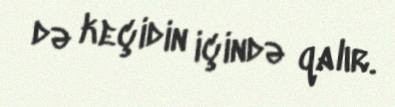
də keçidin içində qalır.